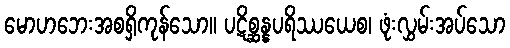
မောဟဘေးအစရှိကုန်သော။ ပဋိစ္ဆန္နပရိဿယေစ၊ ဖုံးလွှမ်းအပ်သော